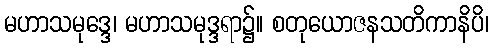
မဟာသမုဒ္ဒေ၊ မဟာသမုဒ္ဒရာ၌။ စတုယောဇနသတိကာနိပိ၊